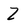
Character: Z